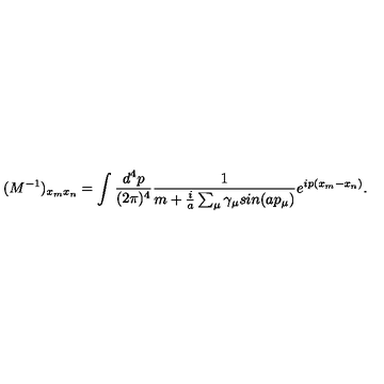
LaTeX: ( M ^ { - 1 } ) _ { x _ { m } x _ { n } } = \int \frac { d ^ { 4 } p } { ( 2 { \pi } ) ^ { 4 } } \frac { 1 } { m + \frac { i } { a } \sum _ { \mu } { \gamma } _ { \mu } s i n ( a p _ { \mu } ) } e ^ { i p ( x _ { m } - x _ { n } ) } .